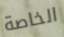
الخاصة